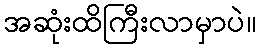
အဆုံးထိကြီးလာမှာပဲ။